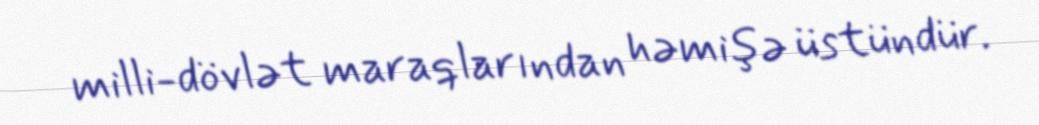
milli-dövlət maraqlarından həmişə üstündür.